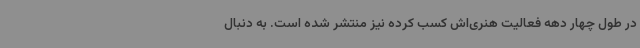
در طول چهار دهه فعالیت هنری‌اش کسب کرده نیز منتشر شده است. به دنبال